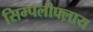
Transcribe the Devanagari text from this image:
सिम्पलीफ्लाय